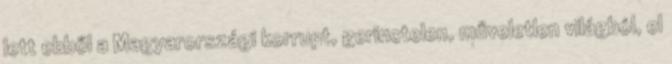
lett ebből a Magyarországi korrupt, gerinctelen, műveletlen világból, el